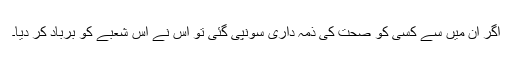
اگر ان میں سے کسی کو صحت کی ذمہ داری سونپی گئی تو اس نے اس شعبے کو برباد کر دیا۔